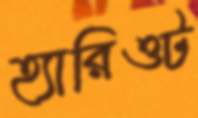
হ্যারিওট